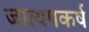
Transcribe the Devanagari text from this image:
जात्यपकर्ष